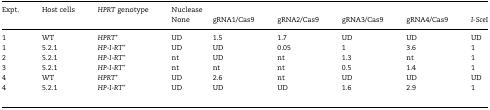
<table><thead><tr><td rowspan="2"><b>Expt.</b></td><td rowspan="2"><b>Host cells</b></td><td rowspan="2"><b><i>HPRT</i> genotype</b></td><td colspan="6"><b>Nuclease</b></td></tr><tr><td><b>None</b></td><td><b>gRNA1/Cas9</b></td><td><b>gRNA2/Cas9</b></td><td><b>gRNA3/Cas9</b></td><td><b>gRNA4/Cas9</b></td><td><b><i>I-Sce</i>I</b></td></tr></thead><tbody><tr><td>1</td><td>WT</td><td><i>HPRT<sup>+</sup></i></td><td>UD</td><td>1.5</td><td>1.7</td><td>UD</td><td>UD</td><td>UD</td></tr><tr><td>1</td><td>5.2.1</td><td><i>HP-I-RT<sup>+</sup></i></td><td>UD</td><td>UD</td><td>0.05</td><td>1</td><td>3.6</td><td>1</td></tr><tr><td>2</td><td>5.2.1</td><td><i>HP-I-RT<sup>+</sup></i></td><td>nt</td><td>UD</td><td>nt</td><td>1.3</td><td>nt</td><td>1</td></tr><tr><td>3</td><td>5.2.1</td><td><i>HP-I-RT<sup>+</sup></i></td><td>nt</td><td>nt</td><td>nt</td><td>0.5</td><td>1.4</td><td>1</td></tr><tr><td>4</td><td>WT</td><td><i>HPRT<sup>+</sup></i></td><td>UD</td><td>2.6</td><td>nt</td><td>UD</td><td>UD</td><td>UD</td></tr><tr><td>4</td><td>5.2.1</td><td><i>HP-I-RT<sup>+</sup></i></td><td>UD</td><td>UD</td><td>UD</td><td>1.6</td><td>2.9</td><td>1</td></tr></tbody></table>